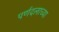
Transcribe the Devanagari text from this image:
पर्णदलाच्या